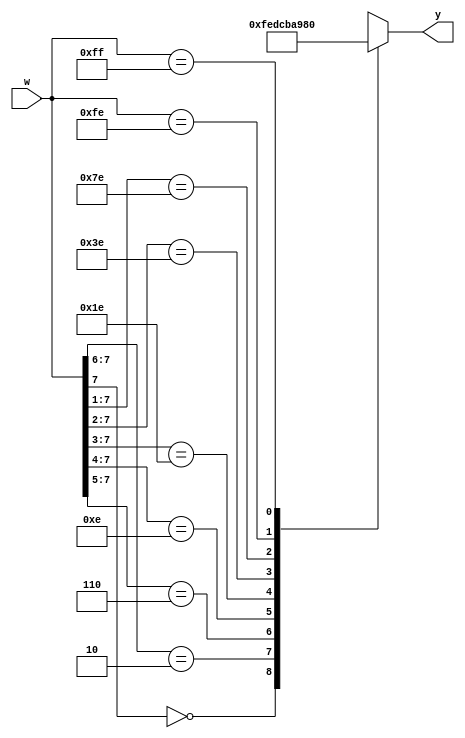
module priority_encoder_83(w, y);
    input wire[7:0] w;
    output reg[3:0] y;

    always @* 
		begin
			casez(w)
				8'b0???????: y = 4'b1111;
				8'b10??????: y = 4'b1110;
				8'b110?????: y = 4'b1101;
				8'b1110????: y = 4'b1100;
				8'b11110???: y = 4'b1011;
				8'b111110??: y = 4'b1010;
				8'b1111110?: y = 4'b1001;
				8'b11111110: y = 4'b1000;
				8'b11111111: y = 4'b0000;
			endcase
		end
endmodule